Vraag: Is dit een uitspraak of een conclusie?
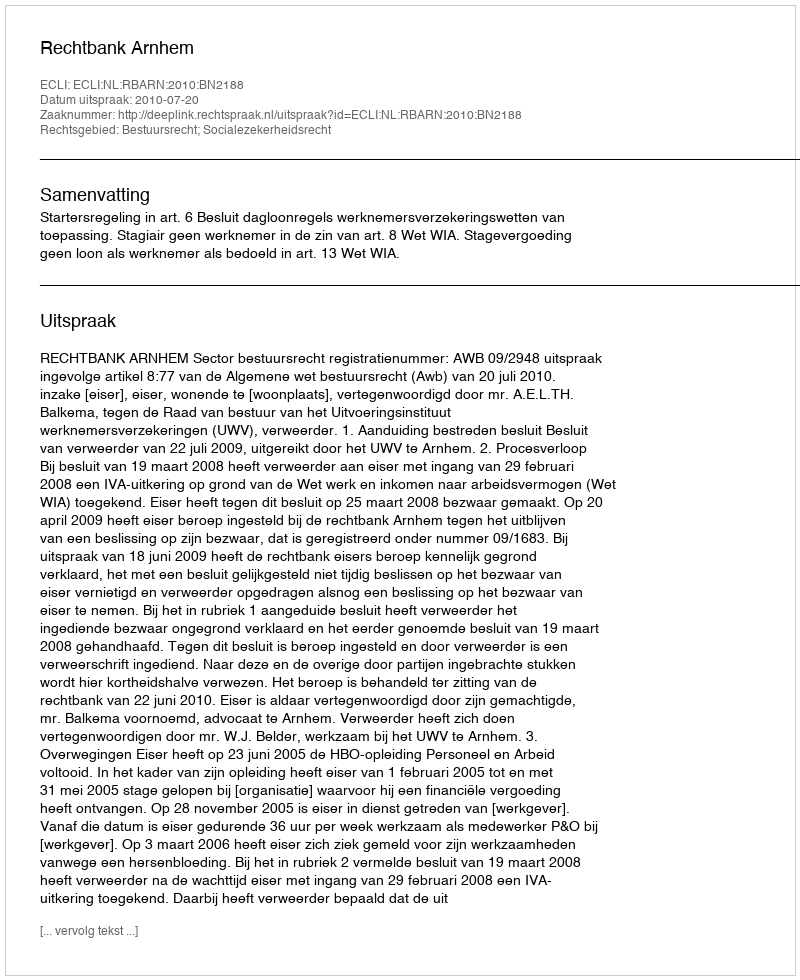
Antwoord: Uitspraak